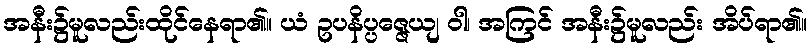
အနီး၌မူလည်းထိုင်နေရာ၏။ ယံ ဥပနိပ္ပဇ္ဇေယျ ဝါ၊ အကြင် အနီး၌မူလည်း အိပ်ရာ၏။